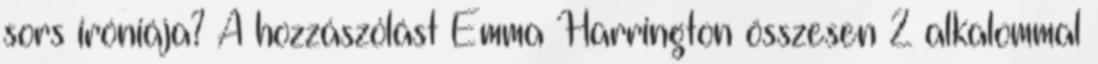
sors iróniája? A hozzászólást Emma Harrington összesen 2 alkalommal